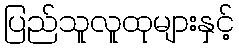
ပြည်သူလူထုများနှင့်